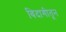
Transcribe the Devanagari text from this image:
बिदागीतून